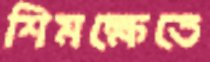
শিমক্ষেতে